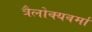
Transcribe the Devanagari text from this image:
त्रैलोक्यवर्मा